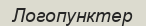
Логопунктер